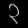
Digit: ၃